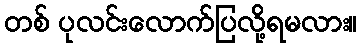
တစ် ပုလင်းလောက်ပြလို့ရမလား။